Annual report on the working of the lock hospitals in the Central Provinces
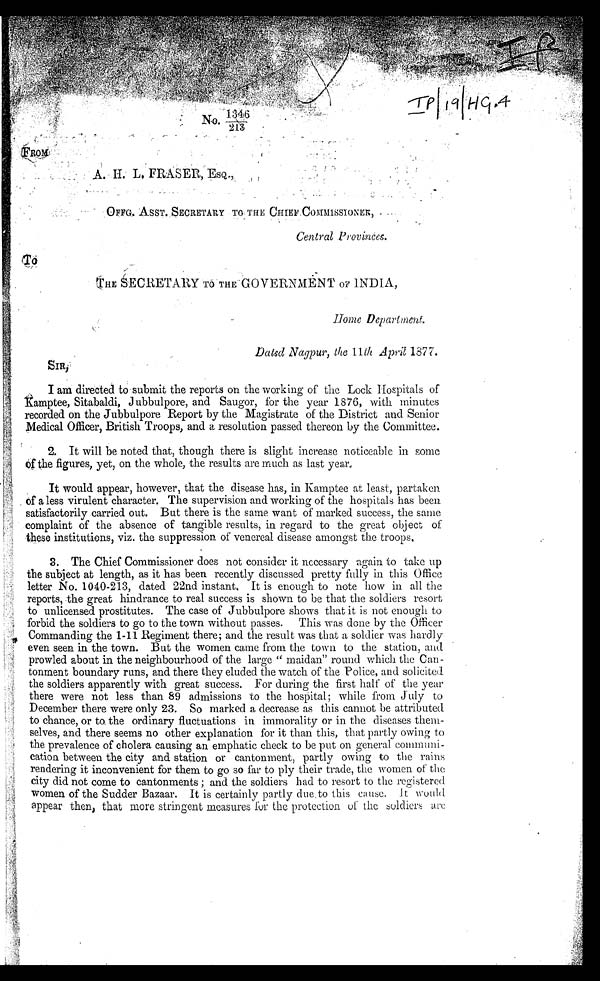
Dated Nagpur, the 11th April 1877.
I B'!
N o . 1 3 4 6 / 2 1 3
A. H. L. FRASER, ESQ.,
OFFG. ASST. SECRETARY TO THE CHIEF COMMISSIONER,
Central Provinces.
THE SECRETARY TO THE GOVERNMENT OF INDIA,
I am directed to submit the reports on the working of the Lock Hospitals of
amptee, Sitabaldi, Jubbulpore, and Saugor, for the year 1876, with minutes
recorded on the Jubbulpore Report by the Magistrate of the District and Senior
Medical Officer, British Troops, and a resolution passed thereon by the Committee.
2. It will be noted that, though there is slight increase noticeable in some
of the figures, yet, on the whole, the results are much as last year.
It would appear, however, that the disease has, in Kamptee at least, partaken
o f a l e s s v i r u l e n t c h a r a c t e r . T h e s u p e r v i s i o n a n d w o r k i n g o f t h e h o s p i t a l s h a s b e e n
satisfactorily carried out. But there is the same want of marked success, the same
complaint of the absence of tangible results, in regard to the great object of
these institutions, viz. the suppression of venereal disease amongst the troops.
3. The Chief Commissioner does not consider it necessary again to take up
the subject at length, as it has been recently discussed pretty fully in this Office
letter No. 1040-213, dated 22nd instant. It is enough to note how in all the
reports, the great hindrance to real success is shown to be that the soldiers resort
to unlicensed prostitutes. The case of Jubbulpore shows that it is not enough to
forbid the soldiers to go to the town without passes. This was done by the Officer
Commanding the 1-11 Regiment there; and the result was that a soldier was hardly
even seen in the town. But the women came from the town to the station, and
prowled about in the neighbourhood of the large " maidan" round which the Can-
tonment boundary runs, and there they eluded the watch of the Police, and solicited
the soldiers apparently with great success. For during the first half of the year
there were not less than 89 admissions to the hospital; while from July to
December there were only 23. So marked a decrease as this cannot be attributed
to chance, or to the ordinary fluctuations in immorality or in the diseases them-
selves, and there seems no other explanation for it than this, that partly owing to
the prevalence of cholera causing an emphatic check to be put on general communi-
cation between the city and station or cantonment, partly owing to the rains
rendering it inconvenient for them to go so far to ply their trade, the women of the
city did not come to cantonments ; and the soldiers had to resort to the registered
women of the Sudder Bazaar. It is certainly partly due to this cause. It
w o u l d a p p e a r t h e n , t h a t m o r e s t r i n g e n t m e a s u r e s f o r t h e p r o t e c t i o n o f t h e s o l d i e r s a r e